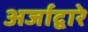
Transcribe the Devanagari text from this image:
अर्जाद्वारे